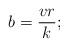
LaTeX: \begin{align*} b=\frac{vr}{k};\end{align*}